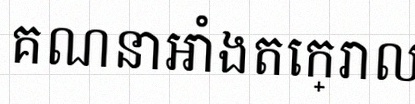
គណនាអាំងតេក្រាល